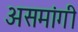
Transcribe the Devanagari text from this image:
असमांगी